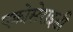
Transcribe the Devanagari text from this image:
एक्रोसेराइडी